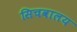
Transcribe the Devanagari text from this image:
सिचवालय